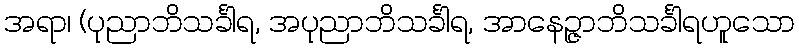
အရာ၊ (ပုညာဘိသင်္ခါရ, အပုညာဘိသင်္ခါရ, အာနေဉ္ဇာဘိသင်္ခါရဟူသော